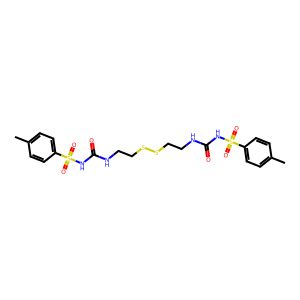
SMILES: Cc1ccc(S(=O)(=O)NC(=O)NCCSSCCNC(=O)NS(=O)(=O)c2ccc(C)cc2)cc1
Inhibits HIV replication: No